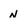
Character: n